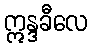
ဣန္ဒခီလေ